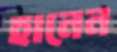
হানেন